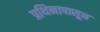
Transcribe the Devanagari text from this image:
प्रथिनापासून